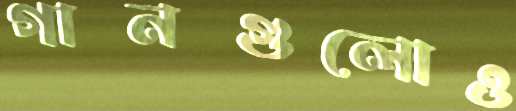
গানগুলোও